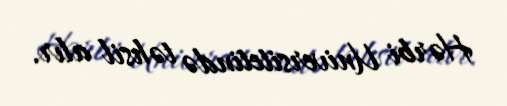
Hərbi Universitetində təhsil alır.